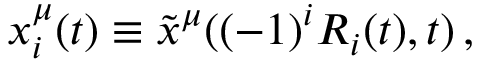
x _ { i } ^ { \mu } ( t ) \equiv \tilde { x } ^ { \mu } ( ( - 1 ) ^ { i } R _ { i } ( t ) , t ) \, ,